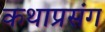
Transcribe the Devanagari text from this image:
कथाप्रसंग